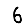
Digit: 6